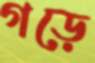
গড়ে